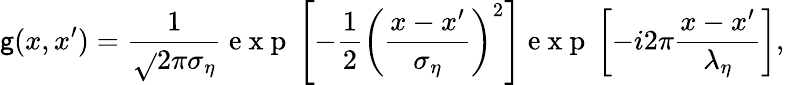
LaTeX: \mathsf{g}(x,x^{\prime})=\frac{{1}}{{\sqrt{}{{2\pi}}\sigma_{\eta}}}\mathrm{{~e~x~p~}}\left[-\frac{{1}}{{2}}\left(\frac{{x-x^{\prime}}}{{\sigma_{\eta}}}\right)^{2}\right]\mathrm{{~e~x~p~}}\left[-i2\pi\frac{{x-x^{\prime}}}{{\lambda_{\eta}}}\right],